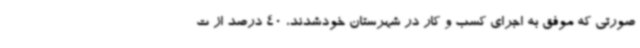
صورتی که موفق به اجرای کسب و کار در شهرستان خودشدند، 40 درصد از ت